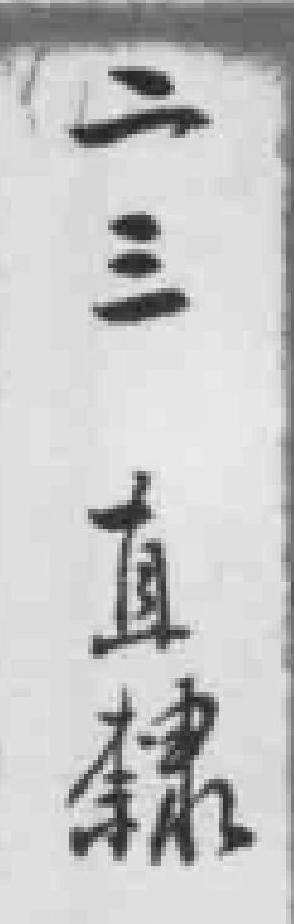
二三直隸